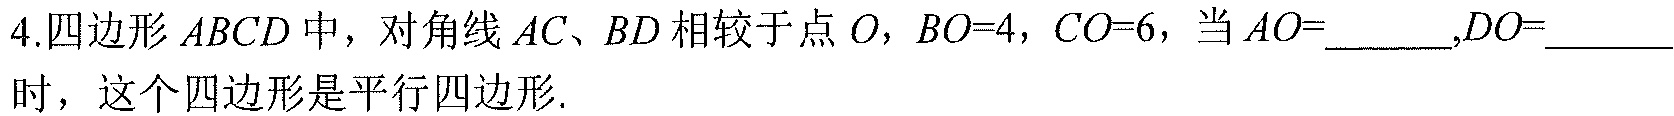
4.四边形\(ABCD\)中，对角线\(AC、BD\)相较于点\(O\)，\(BO = 4\)，\(CO = 6\)，当\(AO=\)____,\(DO=\)____
时，这个四边形是平行四边形.